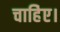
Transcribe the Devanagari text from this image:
चाहिेए।